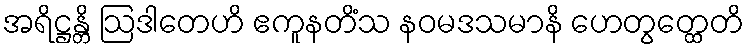
အရိဋ္ဌန္တိ ဩဒါတေဟိ ဧကူနတိံသ နဝမဒသမာနိ ဟေတွတ္ထေတိ